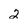
Character: 2